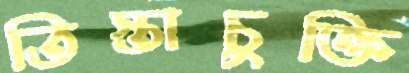
তিস্তাচুক্তি